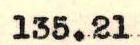
135.21